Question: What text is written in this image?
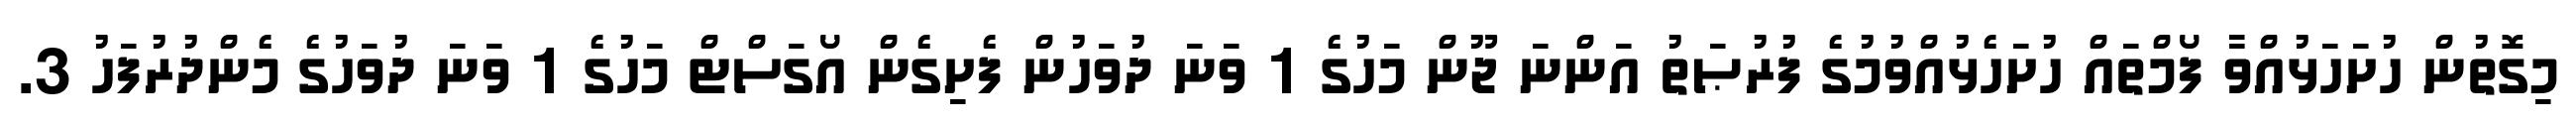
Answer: މިގޮތުން ހުށަހަޅުއްވާ ފޯމްތައް ހުށަހެޅުއްވުމުގެ ފުރުޞަތު އަންނަ ޖޫން މަހުގެ 1 ވަނަ ދުވަހުން ފެށިގެން އޯގަސްޓް މަހުގެ 1 ވަނަ ދުވަހުގެ މެންދުރުފަހު 3.